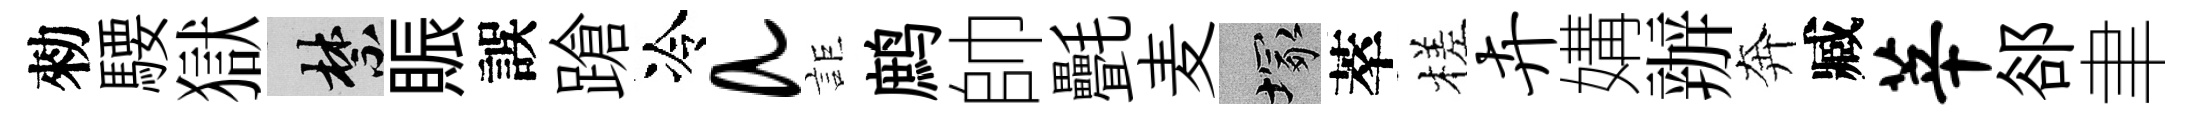
勑騕獄禁賑誤蹌冷a詎鹧帥㲲麦塚萃槎卉媾辦奔臧莘郤聿